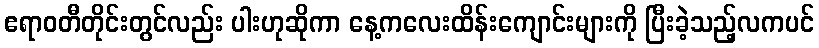
ဧရာဝတီတိုင်းတွင်လည်း ပါးဟုဆိုကာ နေ့ကလေးထိန်းကျောင်းများကို ပြီးခဲ့သည့်လကပင်